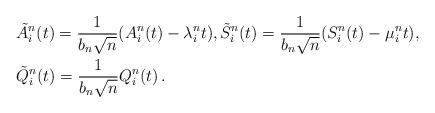
LaTeX: \begin{align*}&\tilde{A}^n_i(t)= \frac{1}{b_n\sqrt{n}}(A^n_i(t)-\lambda^n_i t), \tilde{S}^n_i(t)= \frac{1}{b_n\sqrt{n}}(S^n_i(t)-\mu^n_i t),\\&\tilde{Q}^n_i(t)= \frac{1}{b_n\sqrt{n}}Q^n_i(t)\,.\end{align*}